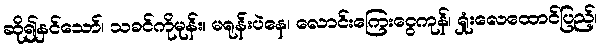
ဆို၍နှင်သော်၊ သခင်ကိုမုန်း၊ မရုန်းပဲနေ၊ လောင်းကြေးငွေကုန်၊ ရှုံးလေထောင်ပြည့်၊